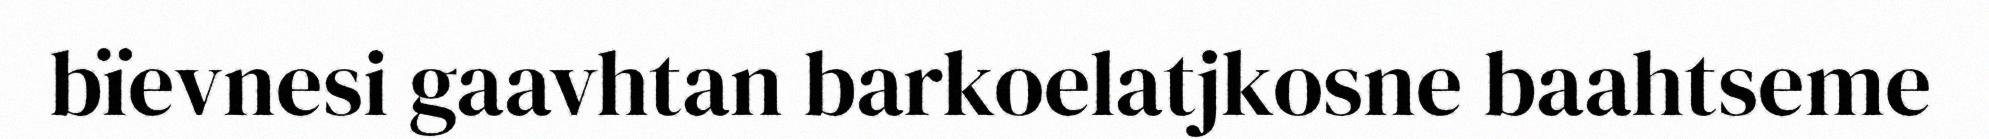
bïevnesi gaavhtan barkoelatjkosne baahtseme